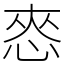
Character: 㤲